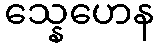
သ္နေဟေန